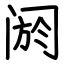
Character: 阏